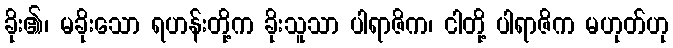
ခိုး၏၊ မခိုးသော ရဟန်းတို့က ခိုးသူသာ ပါရာဇိက၊ ငါတို့ ပါရာဇိက မဟုတ်ဟု